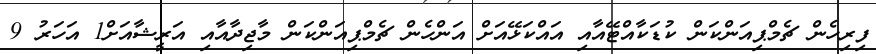
ފިރިހެން ޗެމްޕިއަންކަން ކުޑަކާއްޓޭއާއި އައްކަޅޭއަށް އަންހެން ޗެމްޕިއަންކަން މާޖިދާއާއި އަރީޝާއަށް1 އަހަރު 9